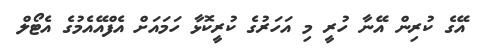
އޭގެ ކުރިން އޭނާ ހުރީ މި އަހަރުގެ ކުރީކޮޅާ ހަމައަށް އެފްއޭއެމުގެ އެޓޯލް